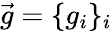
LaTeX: \vec{g}=\{ g_{i}\} _{i}